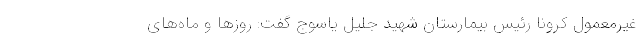
غیرمعمول کرونا رئیس بیمارستان شهید جلیل یاسوج گفت: روزها و ماه‌های